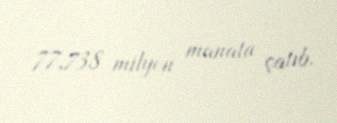
77,738 milyon manata çatıb.